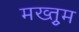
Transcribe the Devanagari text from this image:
मख्तुूम